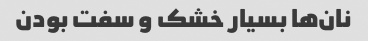
نان‌ها بسیار خشک و سفت بودن